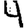
Digit: 4